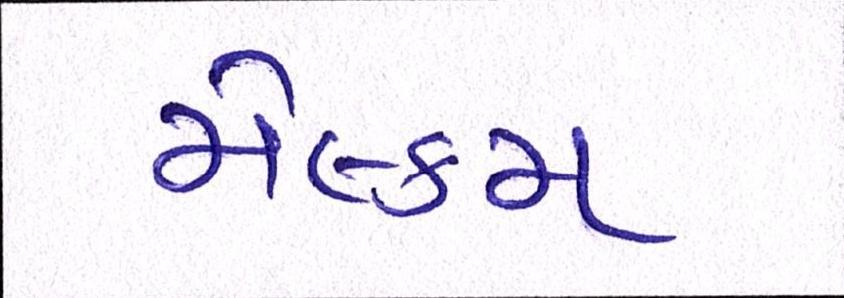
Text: મેલ્કમ